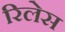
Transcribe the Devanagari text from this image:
रिलेस